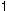
1